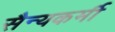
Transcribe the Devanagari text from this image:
सैन्यकर्मी